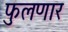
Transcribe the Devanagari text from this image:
फुलणार